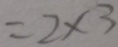
= 2 \times 3